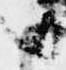
日